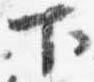
下